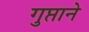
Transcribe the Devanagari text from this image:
गुप्ताने